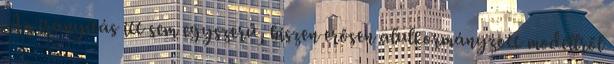
Az irányítás itt sem egyszerű, hiszen erősen alulkormányzott modellről